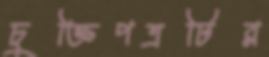
চুক্তিপত্রটির